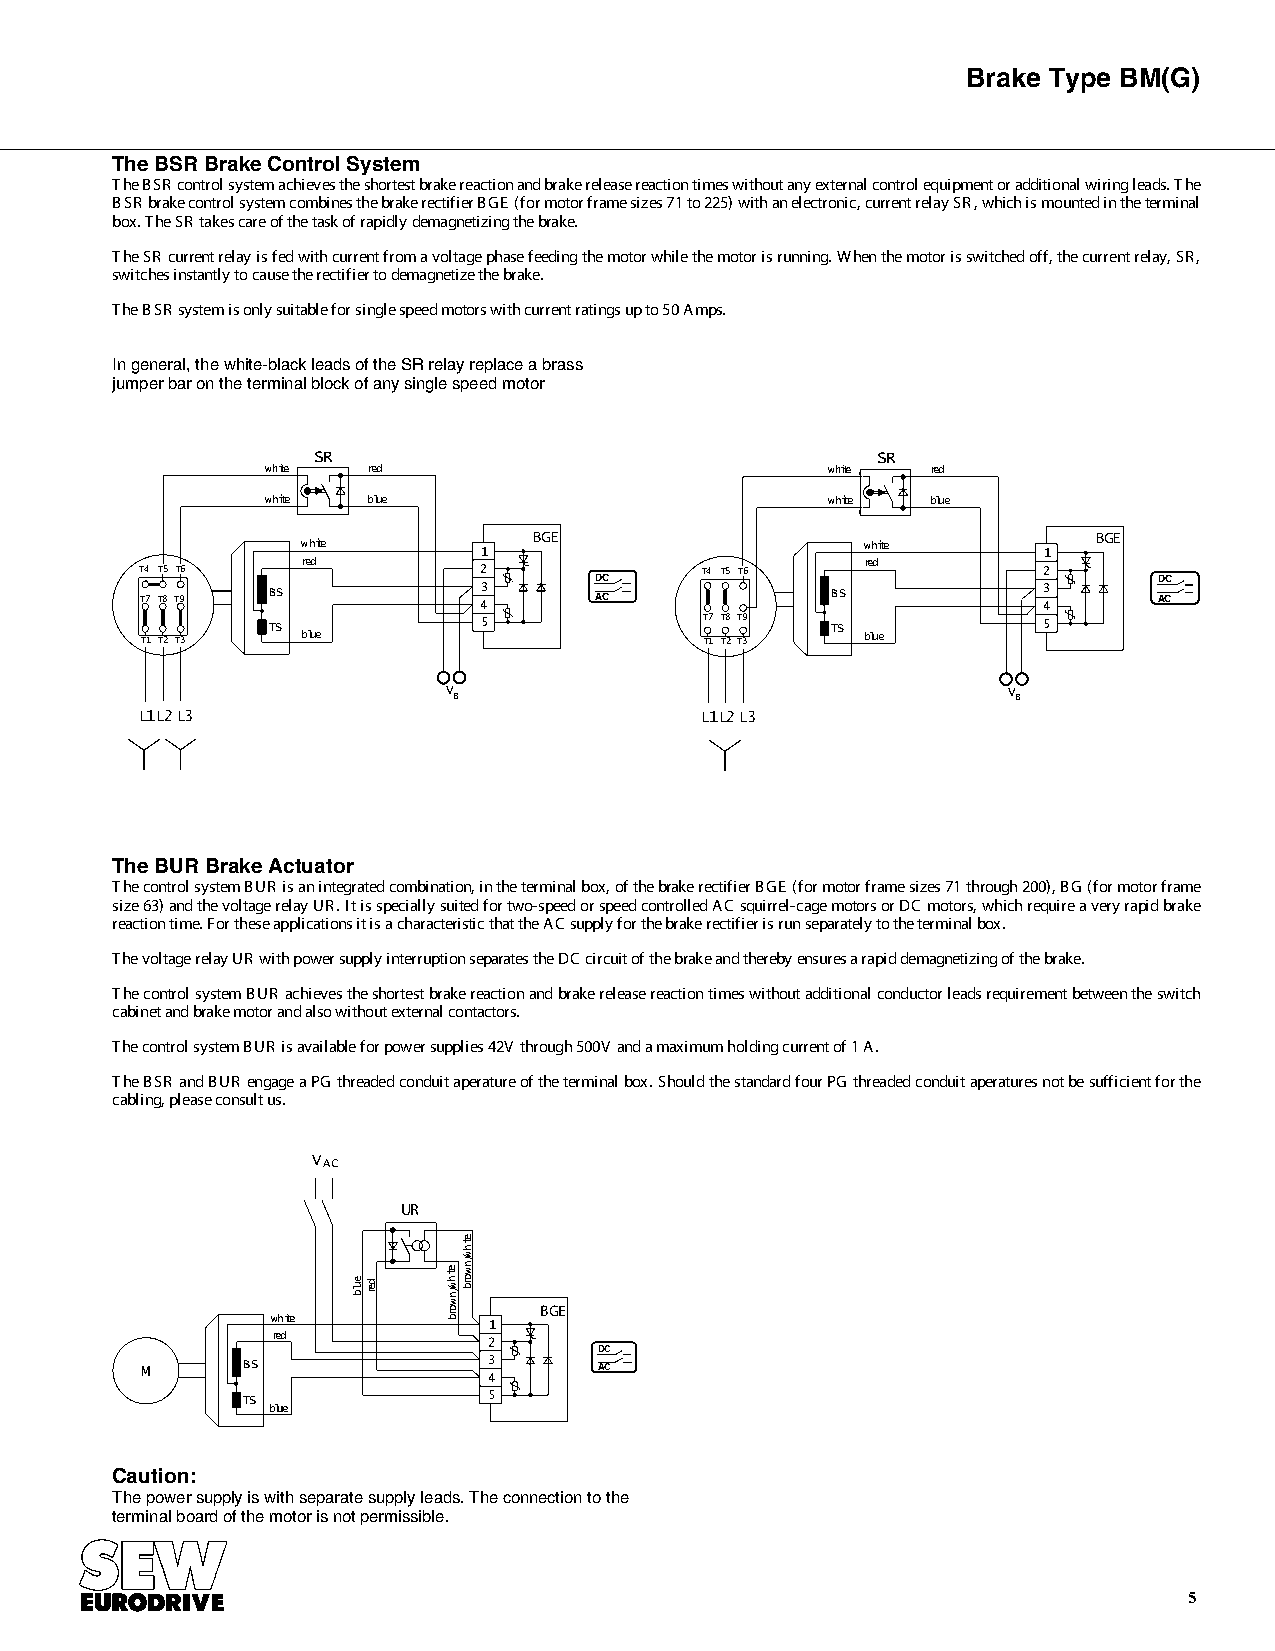
Brake Type BM(G)
 TheBSRBrake ControlSystem
 TheBSRcontrolsystemachievestheshortestbrakereactionandbrakereleasereactiontimeswithoutanyexternalcontrolequipmentoradditionalwiringleads.The
 BSRbrakecontrolsystemcombinesthebrakerectifierBGE(formotorframesizes71to225)withanelectronic,currentrelaySR,whichismountedintheterminal
 box.TheSRtakescareofthetaskofrapidlydemagnetizingthebrake.
 TheSR currentrelayisfedwithcurrentfromavoltagephasefeedingthemotorwhilethemotorisrunning.Whenthemotorisswitchedoff,thecurrentrelay,SR,
 switchesinstantlytocausetherectifiertodemagnetizethebrake.
 TheBSRsystemisonlysuitableforsinglespeedmotorswithcurrentratingsupto50Amps.
 In general,thewhite-blackleadsoftheSRrelayreplaceabrass
 jumperbaron theterminalblockofanysingle speedmotor
 SR                                   SR
 white red                            white  red
 white blue                           white  blue
 BGE                                   BGE
 white       1                        white       1
 T4 T5 T6   red         2      DC     T4 T5 T6   red         2       DC
 T7 T8 T9 BS            43     AC              BS            43      AC
 TS            5              T7 T8 T9 TS           5
 T1 T2 T3   blue                       T1 T2 T3  blue
 V B                                  V B
 L1L2L3                               L1L2L3
 TheBUR BrakeActuator
 ThecontrolsystemBUR isanintegratedcombination,intheterminalbox,ofthebrakerectifierBGE(formotorframesizes71through200),BG(formotorframe
 size63)andthevoltagerelayUR.Itisspeciallysuitedfortwo-speedorspeedcontrolledACsquirrel-cagemotorsorDCmotors,whichrequireaveryrapidbrake
 reactiontime.FortheseapplicationsitisacharacteristicthattheACsupplyforthebrakerectifierisrunseparatelytotheterminalbox.
 ThevoltagerelayURwithpowersupplyinterruptionseparatestheDCcircuitofthebrakeandtherebyensuresarapiddemagnetizingofthebrake.
 ThecontrolsystemBUR achievestheshortestbrakereactionandbrakereleasereactiontimeswithoutadditionalconductorleadsrequirementbetweentheswitch
 cabinetandbrakemotorandalsowithoutexternalcontactors.
 ThecontrolsystemBURisavailableforpowersupplies42V through500V andamaximumholdingcurrentof1A.
 TheBSR andBUR engageaPGthreadedconduitaperatureoftheterminalbox.ShouldthestandardfourPGthreadedconduitaperaturesnotbesufficientforthe
 cabling,pleaseconsultus.
 VAC
 UR
 ite
 h
 /w
 n w
 blue red bro
 BGE
 white         1
 red           2
 DC
 M      BS              3       AC
 4
 TS              5
 blue
 Caution:
 Thepowersupplyiswithseparatesupplyleads.Theconnectiontothe
 terminalboard ofthemotorisnotpermissible.
 5
 etihw/nworb